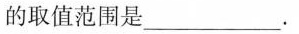
的取值范围是___.